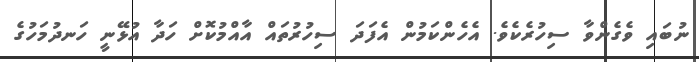
ނުބައި ވެގެންވާ ސިހުރެކެވެ. އެހެންކަމުން އެފަދަ ސިހުރުތައް އާއްމުކޮށް ހަދާ އުޅޭނީ ހަނދުމަހުގެ